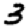
Digit: 3